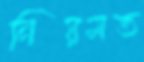
নিয়মত